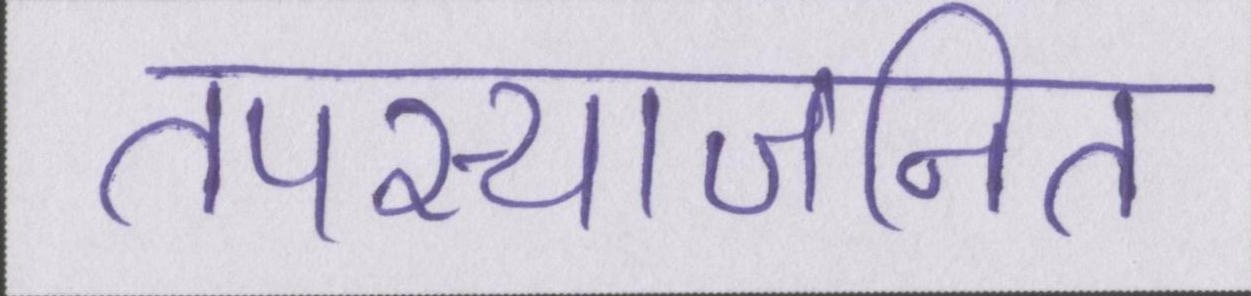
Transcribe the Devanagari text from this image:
तपस्याजनित